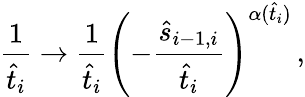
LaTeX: {\frac{1}{\hat{t}_{i}}}\rightarrow{\frac{1}{\hat{t}_{i}}}\left(-{\frac{\hat{s}_{i-1,i}}{\hat{t}_{i}}}\right)^{\alpha(\hat{t}_{i})}\, ,